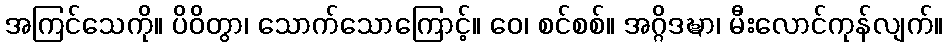
အကြင်သေကို။ ပိဝိတွာ၊ သောက်သောကြောင့်။ ဝေ၊ စင်စစ်။ အဂ္ဂိဒဍ္ဎာ၊ မီးလောင်ကုန်လျက်။